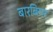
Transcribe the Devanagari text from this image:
बारबियर